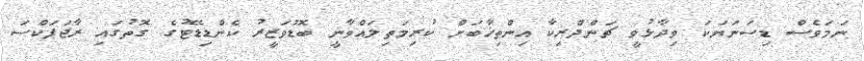
ނަމަވެސް ޑިސަނަޔަކަ ވިދާޅުވީ ޗަންދްރިކާ އިންތިޚާބަށް ކުރިމަތިލައްވާނީ ބޮޑުވަޒީރު ކެންޑިޑޭޓުގެ ގޮތުގައި ރާޖަޕަކްސަ